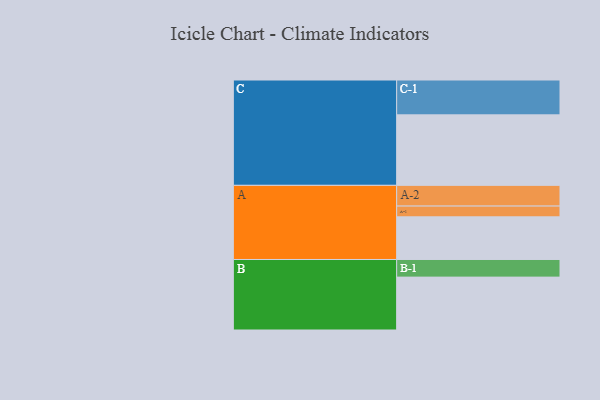
{"axis": {"x": "Segment", "y": "Value"}, "legend": ["", "A", "B", "C"], "data": [{"x": "A", "y": 317, "type": ""}, {"x": "B", "y": 393, "type": ""}, {"x": "C", "y": 524, "type": ""}, {"x": "A-1", "y": 80, "type": "A"}, {"x": "A-2", "y": 154, "type": "A"}, {"x": "B-1", "y": 131, "type": "B"}, {"x": "C-1", "y": 259, "type": "C"}]}